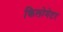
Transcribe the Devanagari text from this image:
किलोमेटर